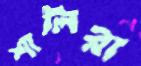
শালিরা